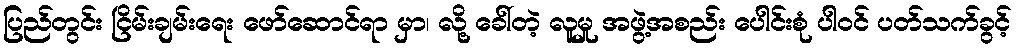
ပြည်တွင်း ငြိမ်းချမ်းရေး ဖော်ဆောင်ရာ မှာ၊ လို့ ခေါ်တဲ့ လူမှု အဖွဲ့အစည်း ပေါင်းစုံ ပါဝင် ပတ်သက်ခွင့်